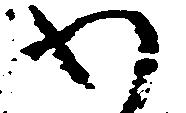
わ